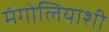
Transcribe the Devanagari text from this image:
मंगोलियाशी